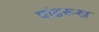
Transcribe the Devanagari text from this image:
पांढरूख